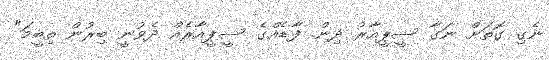
ނެގި ގޮތަށް ނަގާ ސީޕީއާރު ދިން. ފާޑެއްގެ ސީޕީއާރެއް ދެވުނީ ބިރުން ތިބީމަ"